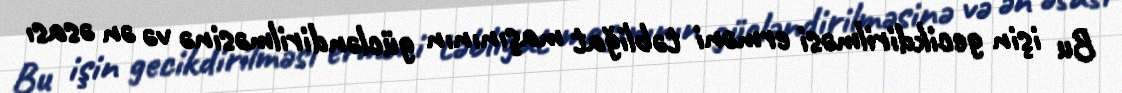
Bu işin gecikdirilməsi erməni təbliğat maşınının gücləndirilməsinə və ən əsası